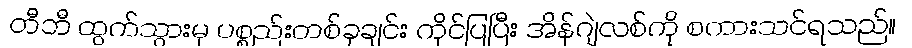
တီဘီ ထွက်သွားမှ ပစ္စည်းတစ်ခုချင်း ကိုင်ပြပြီး အိန်ဂျဲလစ်ကို စကားသင်ရသည်။